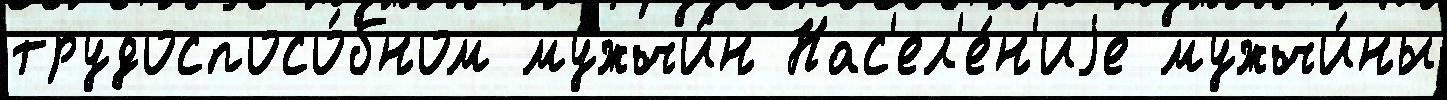
трудоспосо́бном мужчи́н Нас'ел'е́н'иjе мужчи́ны